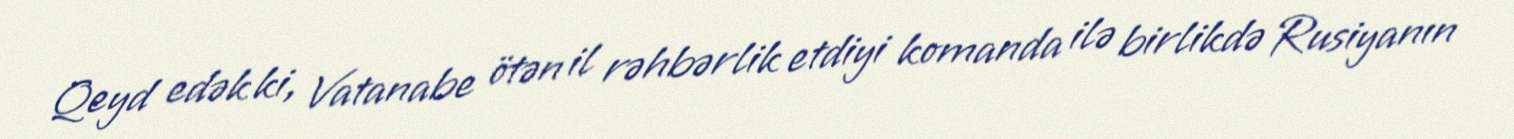
Qeyd edək ki, Vatanabe ötən il rəhbərlik etdiyi komanda ilə birlikdə Rusiyanın